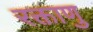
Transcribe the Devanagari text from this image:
रक्ताणु